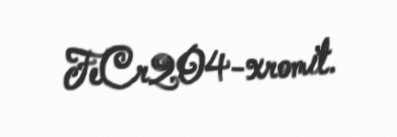
FeCr2O4-xromit.